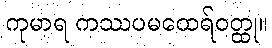
ကုမာရ ကဿပမထေရ်ဝတ္ထု။